V__Kingissepa_nim__kolhoos, lk 76
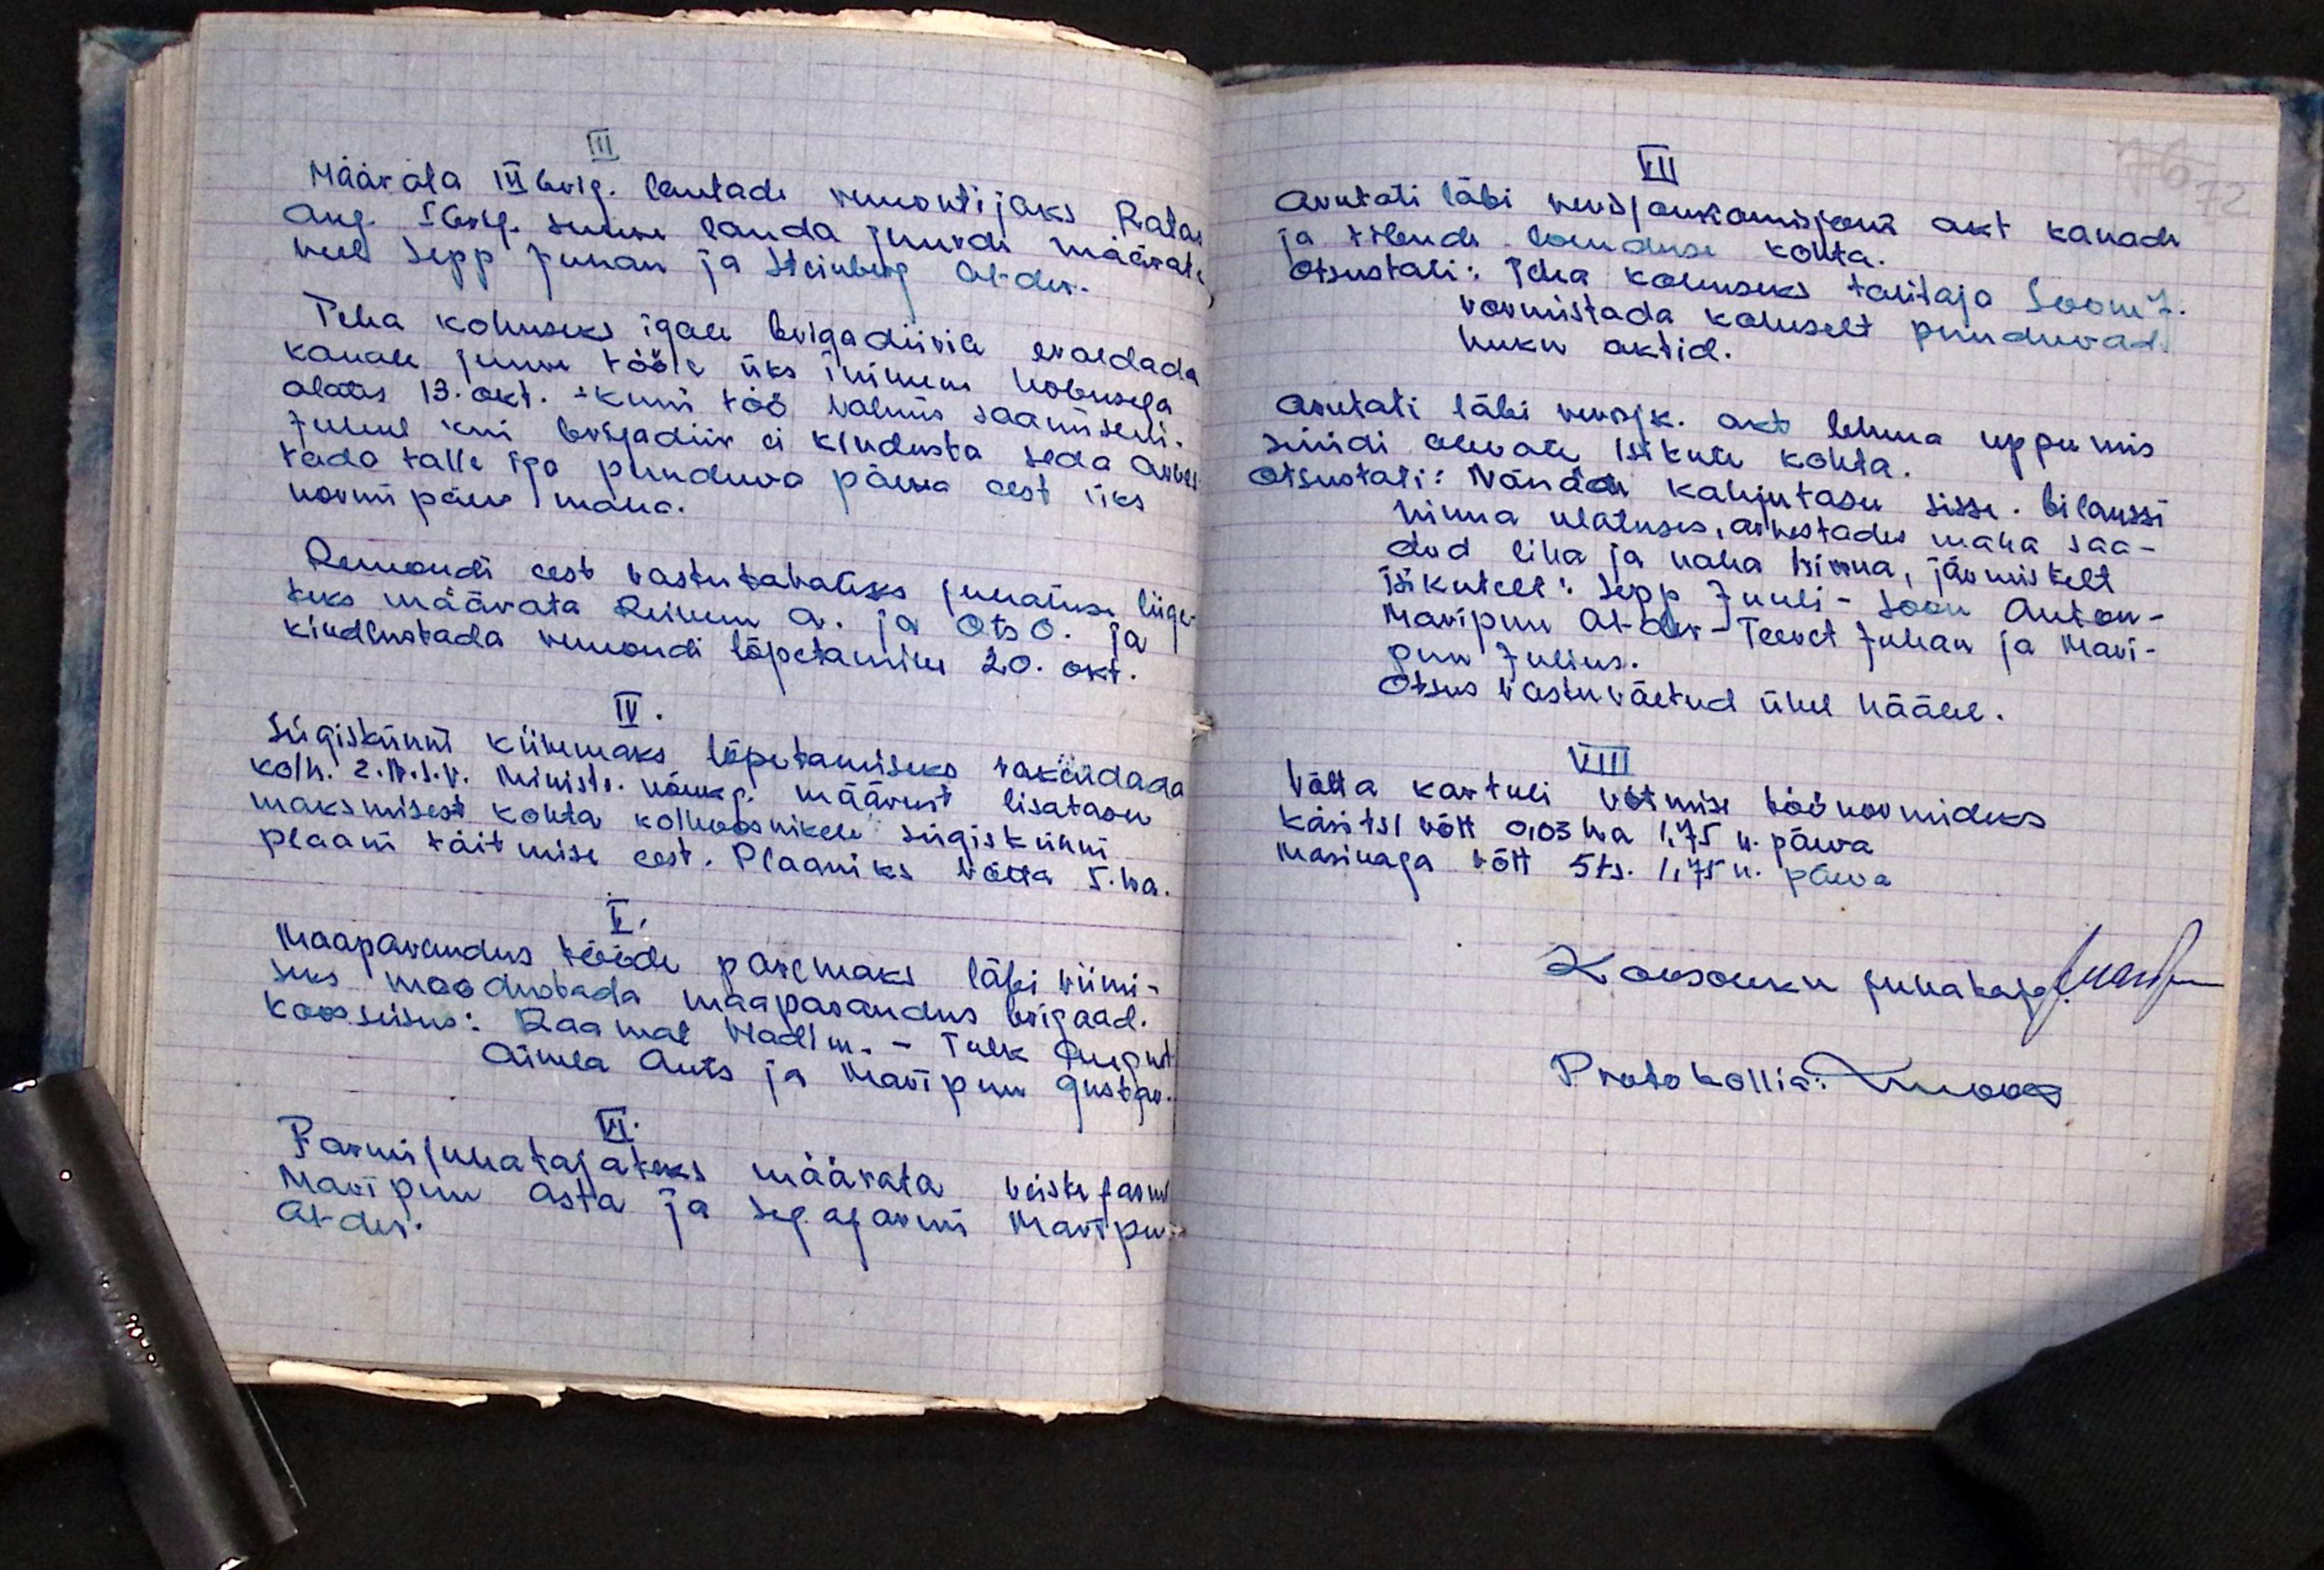
III
Määrata III brig. lautade remontijaks Ratas
Aug. I brig. suure lauda juurde määrata
veel Sepp Juhan ja Steinberg Al-der.
Teha kohuseks igale brigadiirile eraldada
kanala juure tööle üks inimene hobusega
alates 13. okt. kuni töö valmis saamiseni.
Juhul kui brigadiir ei kindlusta seda arves-
tada talle iga puuduva päeva eest üks
normi päev maha.
Remondi eest vastutavateks juhatuse liige-
teks määrata Reinem A. ja Ots O. ja
kindlustada remondi lõpetamine 20. okt.
IV.
sügiskünni kiiremaks lõpetamiseks rakendada
kolh. 2. IV. I .V. ministi nõuap. määrust lisatasu
maksmisest kohta kolhoosnikele sügiskünni
plaani täitmise eest. Plaaniks võtta 5. ha.
V
Maaparandus tööde paremaks läbi viimi-
seks moodustada maaparandus brigaad.
koosseisus: Raamat Vladim. - Tulk suuput
Aimla Ants ja Maripuu Gustav.
VI.
Farmi juhatajaks määrata veistefarmi
Maripuu Asta ja sep. afarmis Maripuu
aram.

VII
76 72
arvutati läbi revisjonkomisjoni akt kanade
ja tibude loenduse kohta.
otsustati: Teha kohuseks talitaja Soom J.
vormistada kohuselt puuduvad
huku aktid.
arutati läbi viisik. akt lehma uppumis
süüdi olevate isikute kohta.
otsustati: Nõuda kahjutasu sisse. bilanssi
hinna ulatuses, arvestades maha saa-
dud liha ja naha hinna, järgmistelt
isikutelt: Sepp Juuli - Soon Anton-
Maripuu Al-der - Teevet Juhan ja Mari-
puu Julius.
Otsus vastu võetud ühel häälel.
VIII
Võtta kartuli võtmise töönormideks
käsitsi võtt 0,03 ha 1.75 u. päeva
masinaga võtt 5 ts. 1.75 u. päeva
Koosoleku juhataja War-
Protokollia: luova